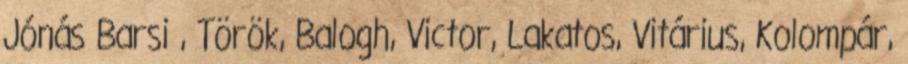
Jónás Barsi , Török, Balogh, Victor, Lakatos, Vitárius, Kolompár,